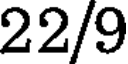
22/9